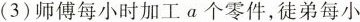
（3）师傅每小时加工a个零件，徒弟每小时